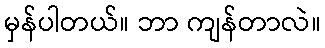
မှန်ပါတယ်။ ဘာ ကျန်တာလဲ။